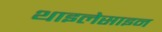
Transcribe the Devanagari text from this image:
थाइलेसाइन